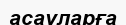
асауларға